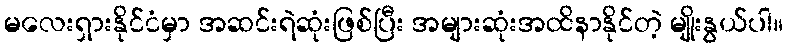
မလေးရှားနိုင်ငံမှာ အဆင်းရဲဆုံးဖြစ်ပြီး အများဆုံးအထိနာနိုင်တဲ့ မျိုးနွယ်ပါ။